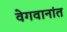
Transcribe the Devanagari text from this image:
वेगवानांत